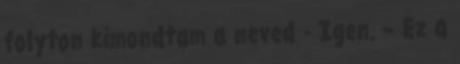
folyton kimondtam a neved - Igen. – Ez a